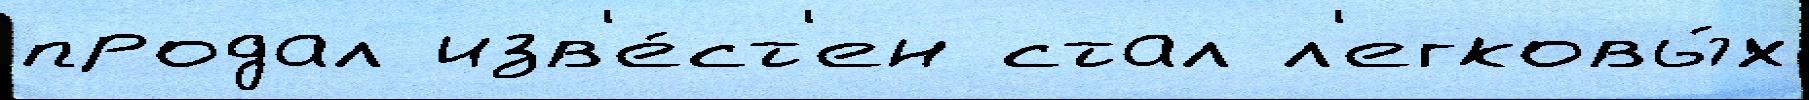
продал изв'е́ст'ен стал л'егковы́х